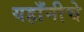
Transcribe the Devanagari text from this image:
यहाँनीचे